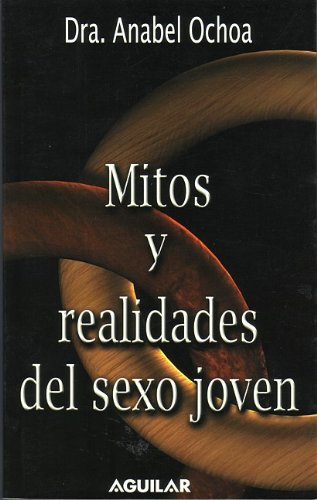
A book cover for Mitos Y Realidades Del Sexo Joven (Spanish Edition); Anabel Ochoa; Teen & Young Adult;